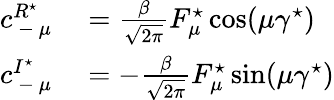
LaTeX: \begin{array}{rl}{c_{\mathrm{~-~}\mu}^{R^{\star}}}&{{}=\frac{\beta}{\sqrt{2\pi}}F_{\mu}^{\star}\cos(\mu\gamma^{\star})}\\ {c_{\mathrm{~-~}\mu}^{I^{\star}}}&{{}=-\frac{\beta}{\sqrt{2\pi}}F_{\mu}^{\star}\sin(\mu\gamma^{\star})}\end{array}